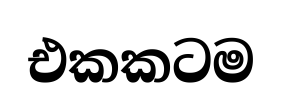
එකකටම